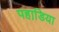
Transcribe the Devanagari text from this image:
पहाडि़या